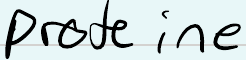
proteine